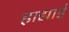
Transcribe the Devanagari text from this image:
हाद्याई